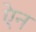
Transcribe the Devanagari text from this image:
एेन